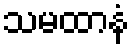
သမထာနံ